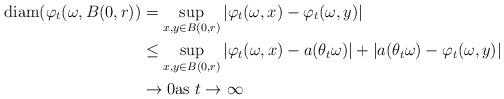
LaTeX: \begin{align*}\textrm{diam} (\varphi_t(\omega,B(0,r)) &= \sup_{x,y \in B(0,r)} \left| \varphi_t(\omega,x) - \varphi_t(\omega,y) \right| \\&\leq \sup_{x,y \in B(0,r)} \left| \varphi_t(\omega,x) - a(\theta_t \omega) \right| + \left| a(\theta_t \omega) - \varphi_t(\omega,y) \right| \\& \rightarrow 0 \textrm{as } t \rightarrow \infty\end{align*}